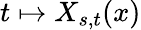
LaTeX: t\mapsto X_{s,t}(x)